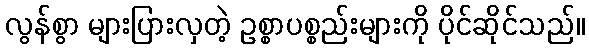
လွန်စွာ များပြားလှတဲ့ ဥစ္စာပစ္စည်းများကို ပိုင်ဆိုင်သည်။